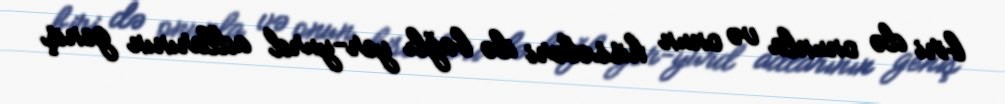
biri də onunla və onun hissələri ilə bağlı yer-yurd adlarının geniş